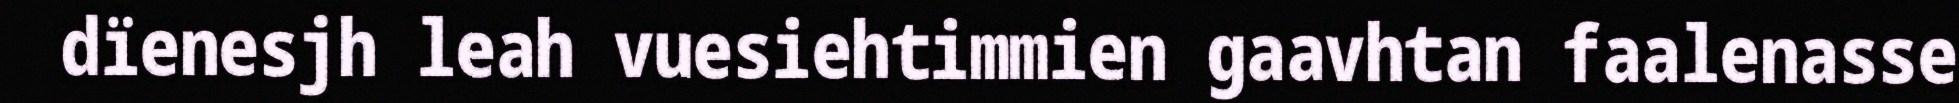
dïenesjh leah vuesiehtimmien gaavhtan faalenasse